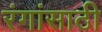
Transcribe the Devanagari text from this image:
रंगांसाठी